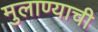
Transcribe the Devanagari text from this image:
मुलाण्याची